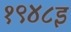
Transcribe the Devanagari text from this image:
१९४८इ